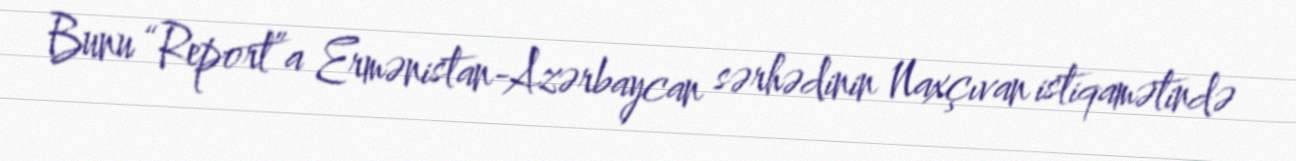
Bunu “Report”a Ermənistan-Azərbaycan sərhədinin Naxçıvan istiqamətində